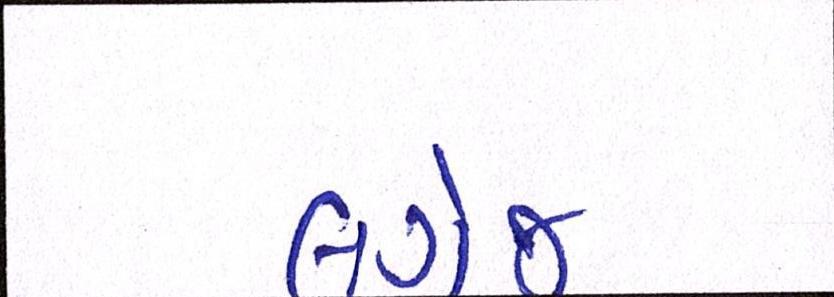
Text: લગેજ